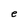
Character: e